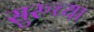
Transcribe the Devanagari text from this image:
सुरुच्या